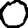
Digit: 0